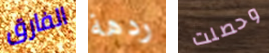
الفارق ردهة وحصلت